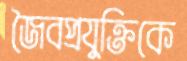
জৈবপ্রযুক্তিকে